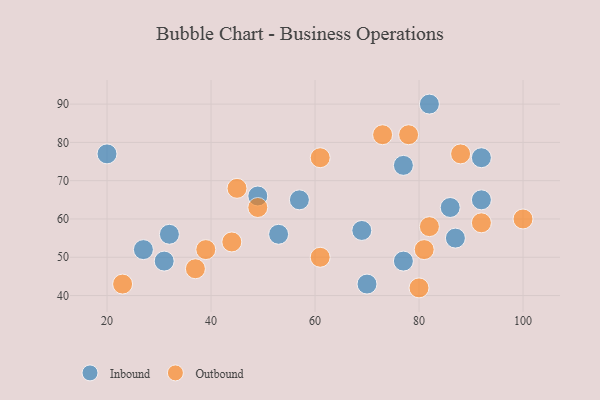
{"axis": {"x": "GDP", "y": "Life Expectancy"}, "legend": ["Inbound", "Outbound"], "data": [{"x": "20", "y": 77, "type": "Inbound"}, {"x": "31", "y": 49, "type": "Inbound"}, {"x": "27", "y": 52, "type": "Inbound"}, {"x": "53", "y": 56, "type": "Inbound"}, {"x": "69", "y": 57, "type": "Inbound"}, {"x": "49", "y": 66, "type": "Inbound"}, {"x": "82", "y": 90, "type": "Inbound"}, {"x": "77", "y": 74, "type": "Inbound"}, {"x": "87", "y": 55, "type": "Inbound"}, {"x": "86", "y": 63, "type": "Inbound"}, {"x": "92", "y": 76, "type": "Inbound"}, {"x": "92", "y": 65, "type": "Inbound"}, {"x": "32", "y": 56, "type": "Inbound"}, {"x": "77", "y": 49, "type": "Inbound"}, {"x": "57", "y": 65, "type": "Inbound"}, {"x": "70", "y": 43, "type": "Inbound"}, {"x": "100", "y": 60, "type": "Outbound"}, {"x": "82", "y": 58, "type": "Outbound"}, {"x": "73", "y": 82, "type": "Outbound"}, {"x": "23", "y": 43, "type": "Outbound"}, {"x": "92", "y": 59, "type": "Outbound"}, {"x": "37", "y": 47, "type": "Outbound"}, {"x": "61", "y": 76, "type": "Outbound"}, {"x": "80", "y": 42, "type": "Outbound"}, {"x": "49", "y": 63, "type": "Outbound"}, {"x": "44", "y": 54, "type": "Outbound"}, {"x": "81", "y": 52, "type": "Outbound"}, {"x": "78", "y": 82, "type": "Outbound"}, {"x": "61", "y": 50, "type": "Outbound"}, {"x": "39", "y": 52, "type": "Outbound"}, {"x": "45", "y": 68, "type": "Outbound"}, {"x": "88", "y": 77, "type": "Outbound"}]}